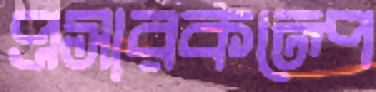
প্রসারকল্পে